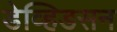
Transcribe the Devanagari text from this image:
डेव्हिडसन